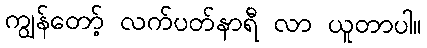
ကျွန်တော့် လက်ပတ်နာရီ လာ ယူတာပါ။